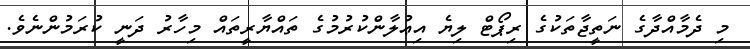
މި ދެމާއްދާގެ ނަތީޖާތަކުގެ ރިޕޯޓް ލިޔެ އިޢުލާންކުރުމުގެ ތައްޔާރީތައް މިހާރު ދަނީ ކުރަމުންނެވެ.